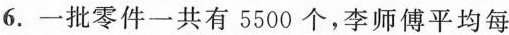
6.一批零件一共有5500个，李师傅平均每